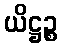
ယိဋ္ဌဉ္စ